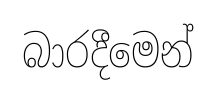
බාරදීමෙන්